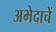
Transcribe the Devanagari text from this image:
अभेदाचें